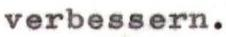
verbessern.